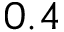
0 . 4